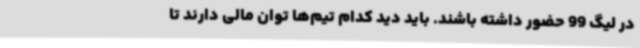
در لیگ 99 حضور داشته باشند. باید دید کدام تیم‌ها توان مالی دارند تا